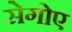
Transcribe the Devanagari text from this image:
सेगोए